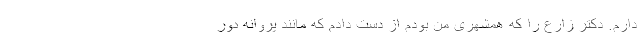
دارم. دکتر زارع را که همشهری من بودم از دست دادم که مانند پروانه دور